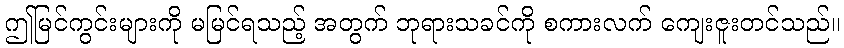
ဤမြင်ကွင်းများကို မမြင်ရသည့် အတွက် ဘုရားသခင်ကို စကားလက် ကျေးဇူးတင်သည်။